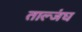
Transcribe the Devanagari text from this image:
ताल्जंघ